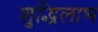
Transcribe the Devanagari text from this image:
शुद्धिलाभ